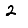
Digit: 2